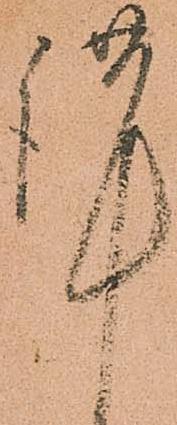
謹